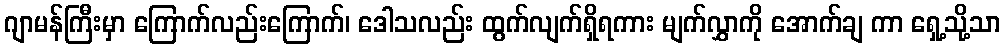
ဂျာမန်ကြီးမှာ ကြောက်လည်းကြောက်၊ ဒေါသလည်း ထွက်လျက်ရှိရကား မျက်လွှာကို အောက်ချ ကာ ရှေ့သို့သာ